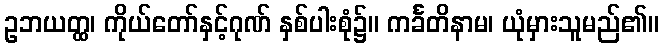
ဥဘယတ္ထ၊ ကိုယ်တော်နှင့်ဂုဏ် နှစ်ပါးစုံ၌။ ကင်္ခတိနာမ၊ ယုံမှားသူမည်၏။